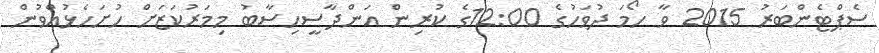
ސެޕްޓެންބަރު 2015 ވާ ހޯމަ ދުވަހުގެ 12:00ގެ ކުރިން އަންދާސީހިސާބު މިމަރުކަޒަށް ހުށަހެޅުއްވުން